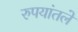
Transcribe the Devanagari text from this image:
रुपयांतले